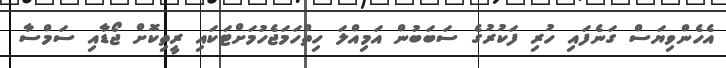
އެހެންވިޔަސް ގަނެފައި ހުރި ފަކުރުގެ ސަބަބުން އަމިއްލަ ހިތްހަމަޖެހުމަށްޓަކައި ރީތިކޮށް ޖޯޑާއި ސަމްސާ